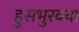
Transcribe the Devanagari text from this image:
हुसभुरक्या